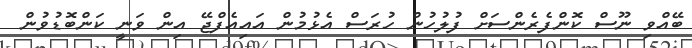
ބޭއްވި ނޫސް ކޮންފެރެންސަށް ފުލުހުން ހުރަސް އެޅުމުން އައިއެފްޖޭ އިން ވަނީ ކަންބޮޑުވުން